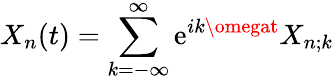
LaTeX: X_{n}(t)=\sum_{k=-\infty}^{\infty}\mathrm{e}^{ik\omegat}X_{n;k}